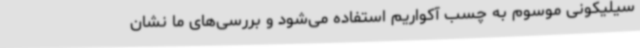
سیلیکونی موسوم به چسب آکواریم استفاده می‌شود و بررسی‌های ما نشان